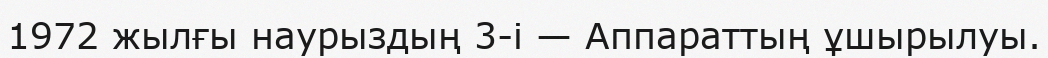
1972 жылғы наурыздың 3-і — Аппараттың ұшырылуы.